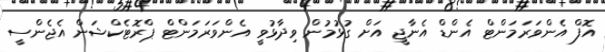
އޮފް އެންވަރަމަންޓް އެންޑް އެނާޖީ އަށް ގުޅުމުން ވިދާޅުވީ އެންވަރަމަންޓް ޕްރޮޓެކްޝަން އެޖެންސީ